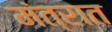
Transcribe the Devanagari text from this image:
मंत्रात